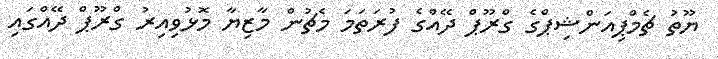
ޔޫތު ޗެމްޕިއަންޝިޕްގެ ގްރޫޕް ދޭއްގެ ފުރަތަމަ މެޗުން މާޒިޔާ މޮޅުވިއިރު ގްރޫޕް ދޭއްގައި